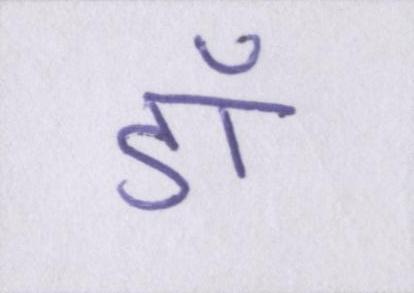
डॉ